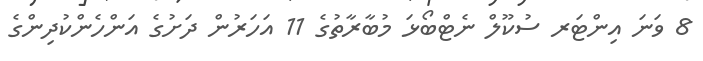
8 ވަނަ އިންޓަރ ސުކޫލް ނެޓްބޯޅަ މުބާރާތުގެ 11 އަހަރުން ދަށުގެ އަންހެންކުދިންގެ